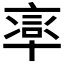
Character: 𠦸